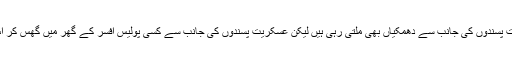
اس عرصے کے دوران پولیس اہلکاروں اور افسروں کو عسکریت پسندوں کی جانب سے دھمکیاں بھی ملتی رہی ہیں لیکن عسکریت پسندوں کی جانب سے کسی پولیس افسر کے گھر میں گھس کر اُس کے اہلِ خانہ کو ہراساں کرنے کا واقعہ پہلی بار پیش آیا ہے۔